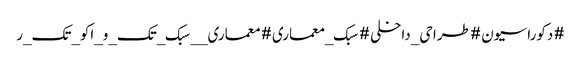
#دکوراسیون #طراحی_داخلی #سبک_معماری #معماری__سبک_تک_و_اکو_تک_ر